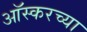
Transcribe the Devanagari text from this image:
आॅस्करच्या